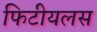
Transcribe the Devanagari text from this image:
फिटीयलस